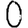
Digit: 0